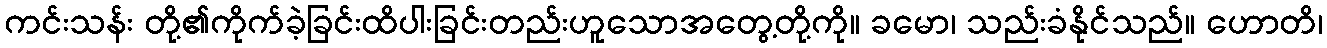
ကင်းသန်း တို့၏ကိုက်ခဲ့ခြင်းထိပါးခြင်းတည်းဟူသောအတွေ့တို့ကို။ ခမော၊ သည်းခံနိုင်သည်။ ဟောတိ၊